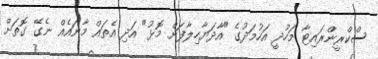
ސްކްރީންރައިޓާ މަހުދީ އަހުމަދުގެ "އާދަޔާހިލާފަށް މޮޅު" އަދި އެތައް މާނައެއް ނެގޭ ގޮތަށް